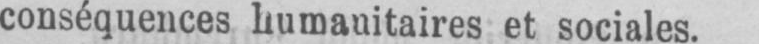
conséquences humanitaires et sociales.